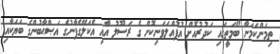
ތިމަންކަމަނާ ބޯމަތީގައި ކަދުރުއޮށް އުފުއްލަވަނިކޮށް ގެ ރަސޫލު އާއި އެކަލޭގެފާނުގެ އަޞްޙާބުންގެ ބަޔަކާއި